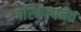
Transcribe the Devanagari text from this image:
परिकल्पनेत